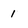
Character: 1